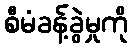
စီမံခန့်ခွဲမှုကို